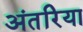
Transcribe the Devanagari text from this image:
अंतरिया